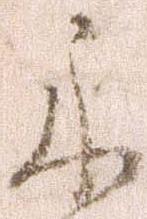
示